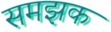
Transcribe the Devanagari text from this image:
समझक